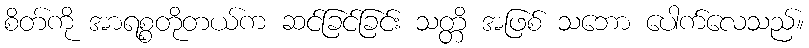
စိတ်ကို အာရစ္စတိုတယ်က ဆင်ခြင်ခြင်း သတ္တိ အဖြစ် သဘော ပေါက်လေသည်။